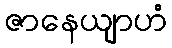
ဇာနေယျာဟံ